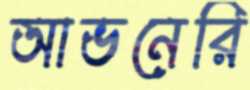
আভনেরি